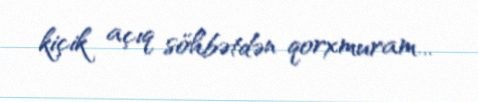
kiçik açıq söhbətdən qorxmuram...